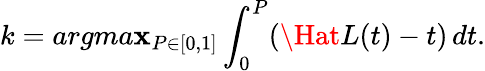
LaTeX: k=argma\mathbf{x}_{P\in[0,1]}\int_{0}^{P}(\Hat{L}(t)-t)\, dt.